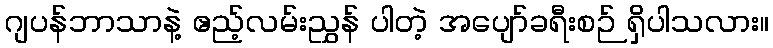
ဂျပန်ဘာသာနဲ့ ဧည့်လမ်းညွှန် ပါတဲ့ အပျော်ခရီးစဉ် ရှိပါသလား။